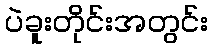
ပဲခူးတိုင်းအတွင်း